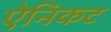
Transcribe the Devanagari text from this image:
ऐनिकट